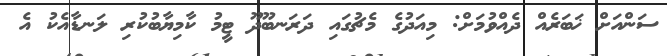
ސަންއަށް ޚަބަރެއް ދެއްވުމަށް: މިއަދުގެ މެޗުގައި ދަރަނބޫދޫ ޓީމު ކާމިޔާބުކުރި ލަނޑާއެކު އެ